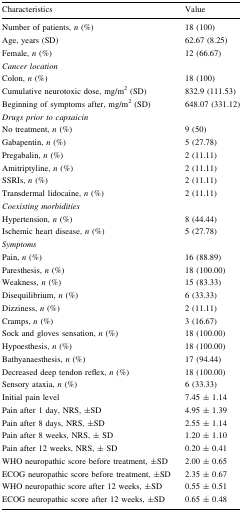
<table><thead><tr><td><b>Characteristics</b></td><td><b>Value</b></td></tr></thead><tbody><tr><td>Number of patients, <i>n</i> (%)</td><td>18 (100)</td></tr><tr><td>Age, years (SD)</td><td>62.67 (8.25)</td></tr><tr><td>Female, <i>n</i> (%)</td><td>12 (66.67)</td></tr><tr><td><i>Cancer location</i></td><td></td></tr><tr><td>Colon, <i>n</i> (%)</td><td>18 (100)</td></tr><tr><td>Cumulative neurotoxic dose, mg/m<sup>2</sup> (SD)</td><td>832.9 (111.53)</td></tr><tr><td>Beginning of symptoms after, mg/m<sup>2</sup> (SD)</td><td>648.07 (331.12)</td></tr><tr><td colspan="2"><i>Drugs prior to capsaicin</i></td></tr><tr><td>No treatment, <i>n</i> (%)</td><td>9 (50)</td></tr><tr><td>Gabapentin, <i>n</i> (%)</td><td>5 (27.78)</td></tr><tr><td>Pregabalin, <i>n</i> (%)</td><td>2 (11.11)</td></tr><tr><td>Amitriptyline, <i>n</i> (%)</td><td>2 (11.11)</td></tr><tr><td>SSRIs, <i>n</i> (%)</td><td>2 (11.11)</td></tr><tr><td>Transdermal lidocaine, <i>n</i> (%)</td><td>2 (11.11)</td></tr><tr><td colspan="2"><i>Coexisting morbidities</i></td></tr><tr><td>Hypertension, <i>n</i> (%)</td><td>8 (44.44)</td></tr><tr><td>Ischemic heart disease, <i>n</i> (%)</td><td>5 (27.78)</td></tr><tr><td colspan="2"><i>Symptoms</i></td></tr><tr><td>Pain, <i>n</i> (%)</td><td>16 (88.89)</td></tr><tr><td>Paresthesis, <i>n</i> (%)</td><td>18 (100.00)</td></tr><tr><td>Weakness, <i>n</i> (%)</td><td>15 (83.33)</td></tr><tr><td>Disequilibrium, <i>n</i> (%)</td><td>6 (33.33)</td></tr><tr><td>Dizziness, <i>n</i> (%)</td><td>2 (11.11)</td></tr><tr><td>Cramps, <i>n</i> (%)</td><td>3 (16.67)</td></tr><tr><td>Sock and gloves sensation, <i>n</i> (%)</td><td>18 (100.00)</td></tr><tr><td>Hypoesthesis, <i>n</i> (%)</td><td>18 (100.00)</td></tr><tr><td>Bathyanaesthesis, <i>n</i> (%)</td><td>17 (94.44)</td></tr><tr><td>Decreased deep tendon reflex, <i>n</i> (%)</td><td>18 (100.00)</td></tr><tr><td>Sensory ataxia, <i>n</i> (%)</td><td>6 (33.33)</td></tr><tr><td>Initial pain level</td><td>7.45 ± 1.14</td></tr><tr><td>Pain after 1 day, NRS, ±SD</td><td>4.95 ± 1.39</td></tr><tr><td>Pain after 8 days, NRS, ±SD</td><td>2.55 ± 1.14</td></tr><tr><td>Pain after 8 weeks, NRS, ± SD</td><td>1.20 ± 1.10</td></tr><tr><td>Pain after 12 weeks, NRS, ± SD</td><td>0.20 ± 0.41</td></tr><tr><td>WHO neuropathic score before treatment, ±SD</td><td>2.00 ± 0.65</td></tr><tr><td>ECOG neuropathic score before treatment, ±SD</td><td>2.35 ± 0.67</td></tr><tr><td>WHO neuropathic score after 12 weeks, ±SD</td><td>0.55 ± 0.51</td></tr><tr><td>ECOG neuropathic score after 12 weeks, ±SD</td><td>0.65 ± 0.48</td></tr></tbody></table>